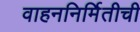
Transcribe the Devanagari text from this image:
वाहननिर्मितीची